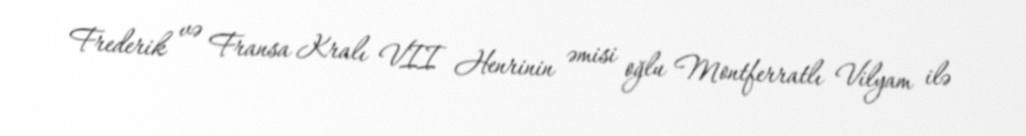
Frederik və Fransa Kralı VII Henrinin əmisi oğlu Montferratlı Vilyam ilə